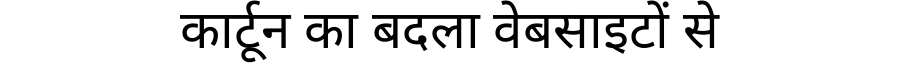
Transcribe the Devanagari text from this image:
कार्टून का बदला वेबसाइटों से